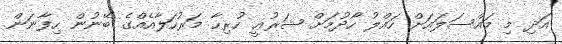
އަދި މި މައްސަލައަށް ހައްލު ހޯދުމަށް ޝަރުޢީ ހުރިހާ މަރުހަލާއެއްގެ ބޭނުން ހިފާނަން.